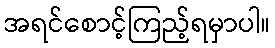
အရင်စောင့်ကြည့်ရမှာပါ။